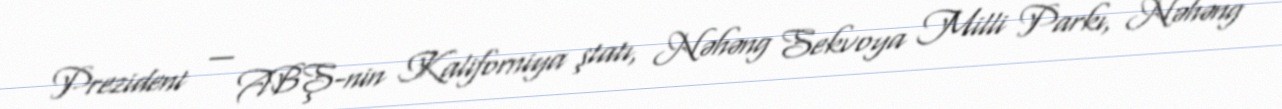
Prezident — ABŞ-nin Kaliforniya ştatı, Nəhəng Sekvoya Milli Parkı, Nəhəng